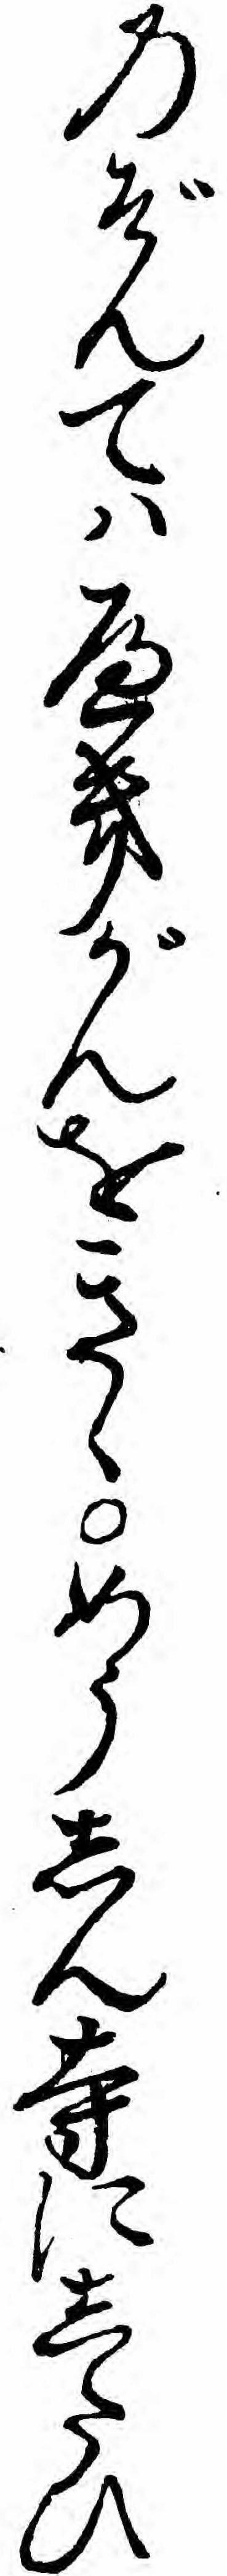
のぞんてハへきがんをきゝめうしん寺にしたひ